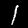
Digit: 1